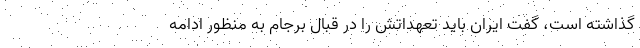
گذاشته است، گفت ایران باید تعهداتش را در قبال برجام به منظور ادامه